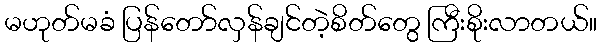
မဟုတ်မခံ ပြန်တော်လှန်ချင်တဲ့စိတ်တွေ ကြီးစိုးလာတယ်။